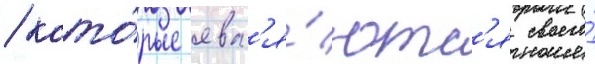
/ кото́рые явл'я́ютс'я своего́